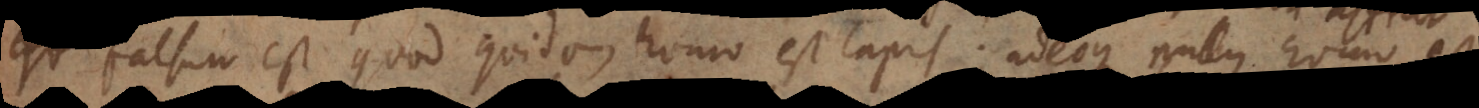
falsum est quod quidam homo est lapis; adeoque nullus homo est